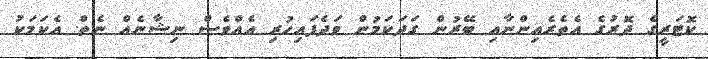
ކޮޓަރީގެ ދޮރުގެ އެތެރެއިންނާއި ބޭރުން ގަދަކަމުން ވަދެފައިހުރި އެއްވެސް ނިޝާނެއް ނެތް. އެކަަމަކު